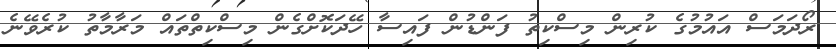
ރޯދަމަސް އައުމުގެ ކުރިން މިސްކިތު ފަންޑުން ފައިސާ ހޭދަކޮށްގެން މިސްކިތްތައް މަރާމާތު ކުރެވޭނެ